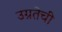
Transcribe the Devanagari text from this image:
उग्रतेची